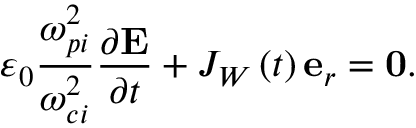
\varepsilon _ { 0 } \frac { \omega _ { p i } ^ { 2 } } { \omega _ { c i } ^ { 2 } } \frac { \partial \mathbf { E } } { \partial t } + J _ { W } \left( t \right) \mathbf { e } _ { r } = \mathbf { 0 } .